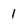
Character: 1